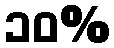
၁၀%